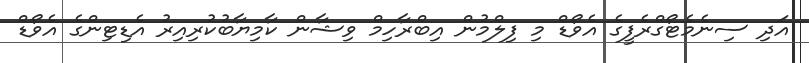
އަދި ސިނެމެޓޯގްރެފީގެ އެވޯޑް މި ފިލްމުން އިބްރާހިމް ވިޝާން ކާމިޔާބުކުރިއިރު އެޑިޓިންގެ އެވޯޑް